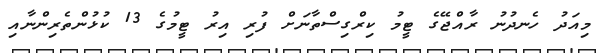
މިއަދު ހެނދުނު ރާއްޖޭގެ ޓީމު ކިރްގިސްތާނަށް ފުރި އިރު ޓީމުގެ 13 ކުޅުންތެރިންނާއި